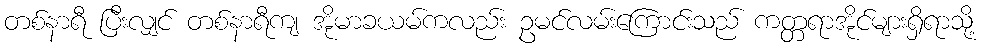
တစ်နာရီ ပြီးလျှင် တစ်နာရီကျ အိုမာခယမ်ကလည်း ဥမင်လမ်းကြောင်းသည် ကတ္တရာအိုင်များရှိရာသို့